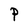
Character: P